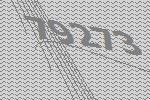
79273